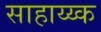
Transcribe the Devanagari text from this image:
साहाय्य्क